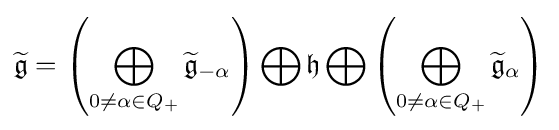
{\widetilde {\mathfrak {g}}}=\left(\bigoplus _{0\neq \alpha \in Q_{+}}{\widetilde {\mathfrak {g}}}_{-\alpha }\right)\bigoplus {\mathfrak {h}}\bigoplus \left(\bigoplus _{0\neq \alpha \in Q_{+}}{\widetilde {\mathfrak {g}}}_{\alpha }\right)